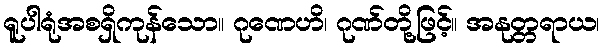
ရူပါရုံအစရှိကုန်သော။ ဂုဏေဟိ၊ ဂုဏ်တို့ဖြင့်။ အနုတ္တရာယ၊